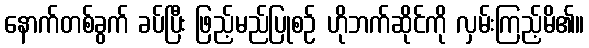
နောက်တစ်ခွက် ခပ်ပြီး ဖြည့်မည်ပြုစဉ် ဟိုဘက်ဆိုင်ကို လှမ်းကြည့်မိ၏။